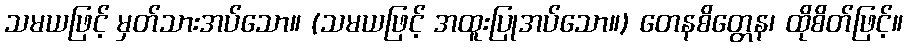
သမယဖြင့် မှတ်သားအပ်သော။ (သမယဖြင့် အထူးပြုအပ်သော။) တေနစိတ္တေန၊ ထိုစိတ်ဖြင့်။